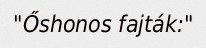
"Őshonos fajták:"